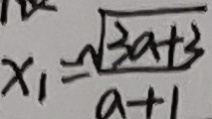
x _ { 1 } = \frac { \sqrt { 3 a + 3 } } { a + 1 }